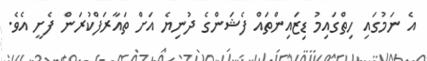
އެ ނަމުގައި ހިތްގައިމު ޑިޒައިންތައް ފެޝަންގެ ދުނިޔެ އަށް ތައާރަފްކުރަން ފެށީ އެވެ.